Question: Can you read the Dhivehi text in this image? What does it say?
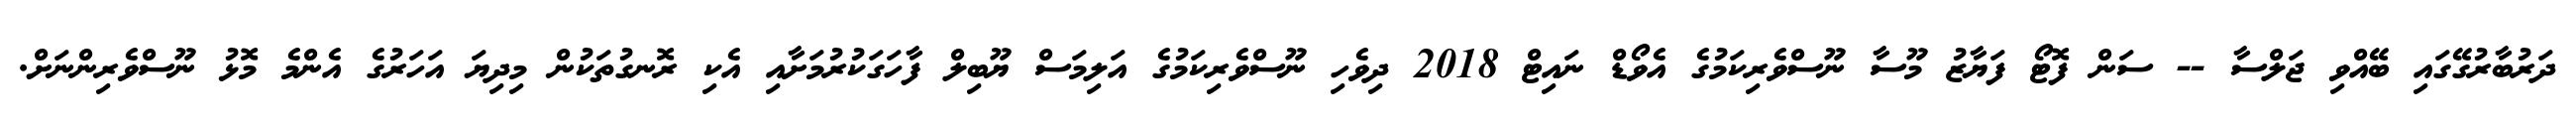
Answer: ދަރުބާރުގޭގައި ބޭއްވި ޖަލްސާ -- ސަން ފޮޓޯ ފަޔާޒު މޫސާ ނޫސްވެރިކަމުގެ އެވޯޑް ނައިޓް 2018 ދިވެހި ނޫސްވެރިކަމުގެ އަލިމަސް ޔޫބިލް ފާހަގަކުރުމަށާއި އެކި ރޮނގުތަކުން މިދިޔަ އަހަރުގެ އެންމެ މޮޅު ނޫސްވެރިންނަށް.